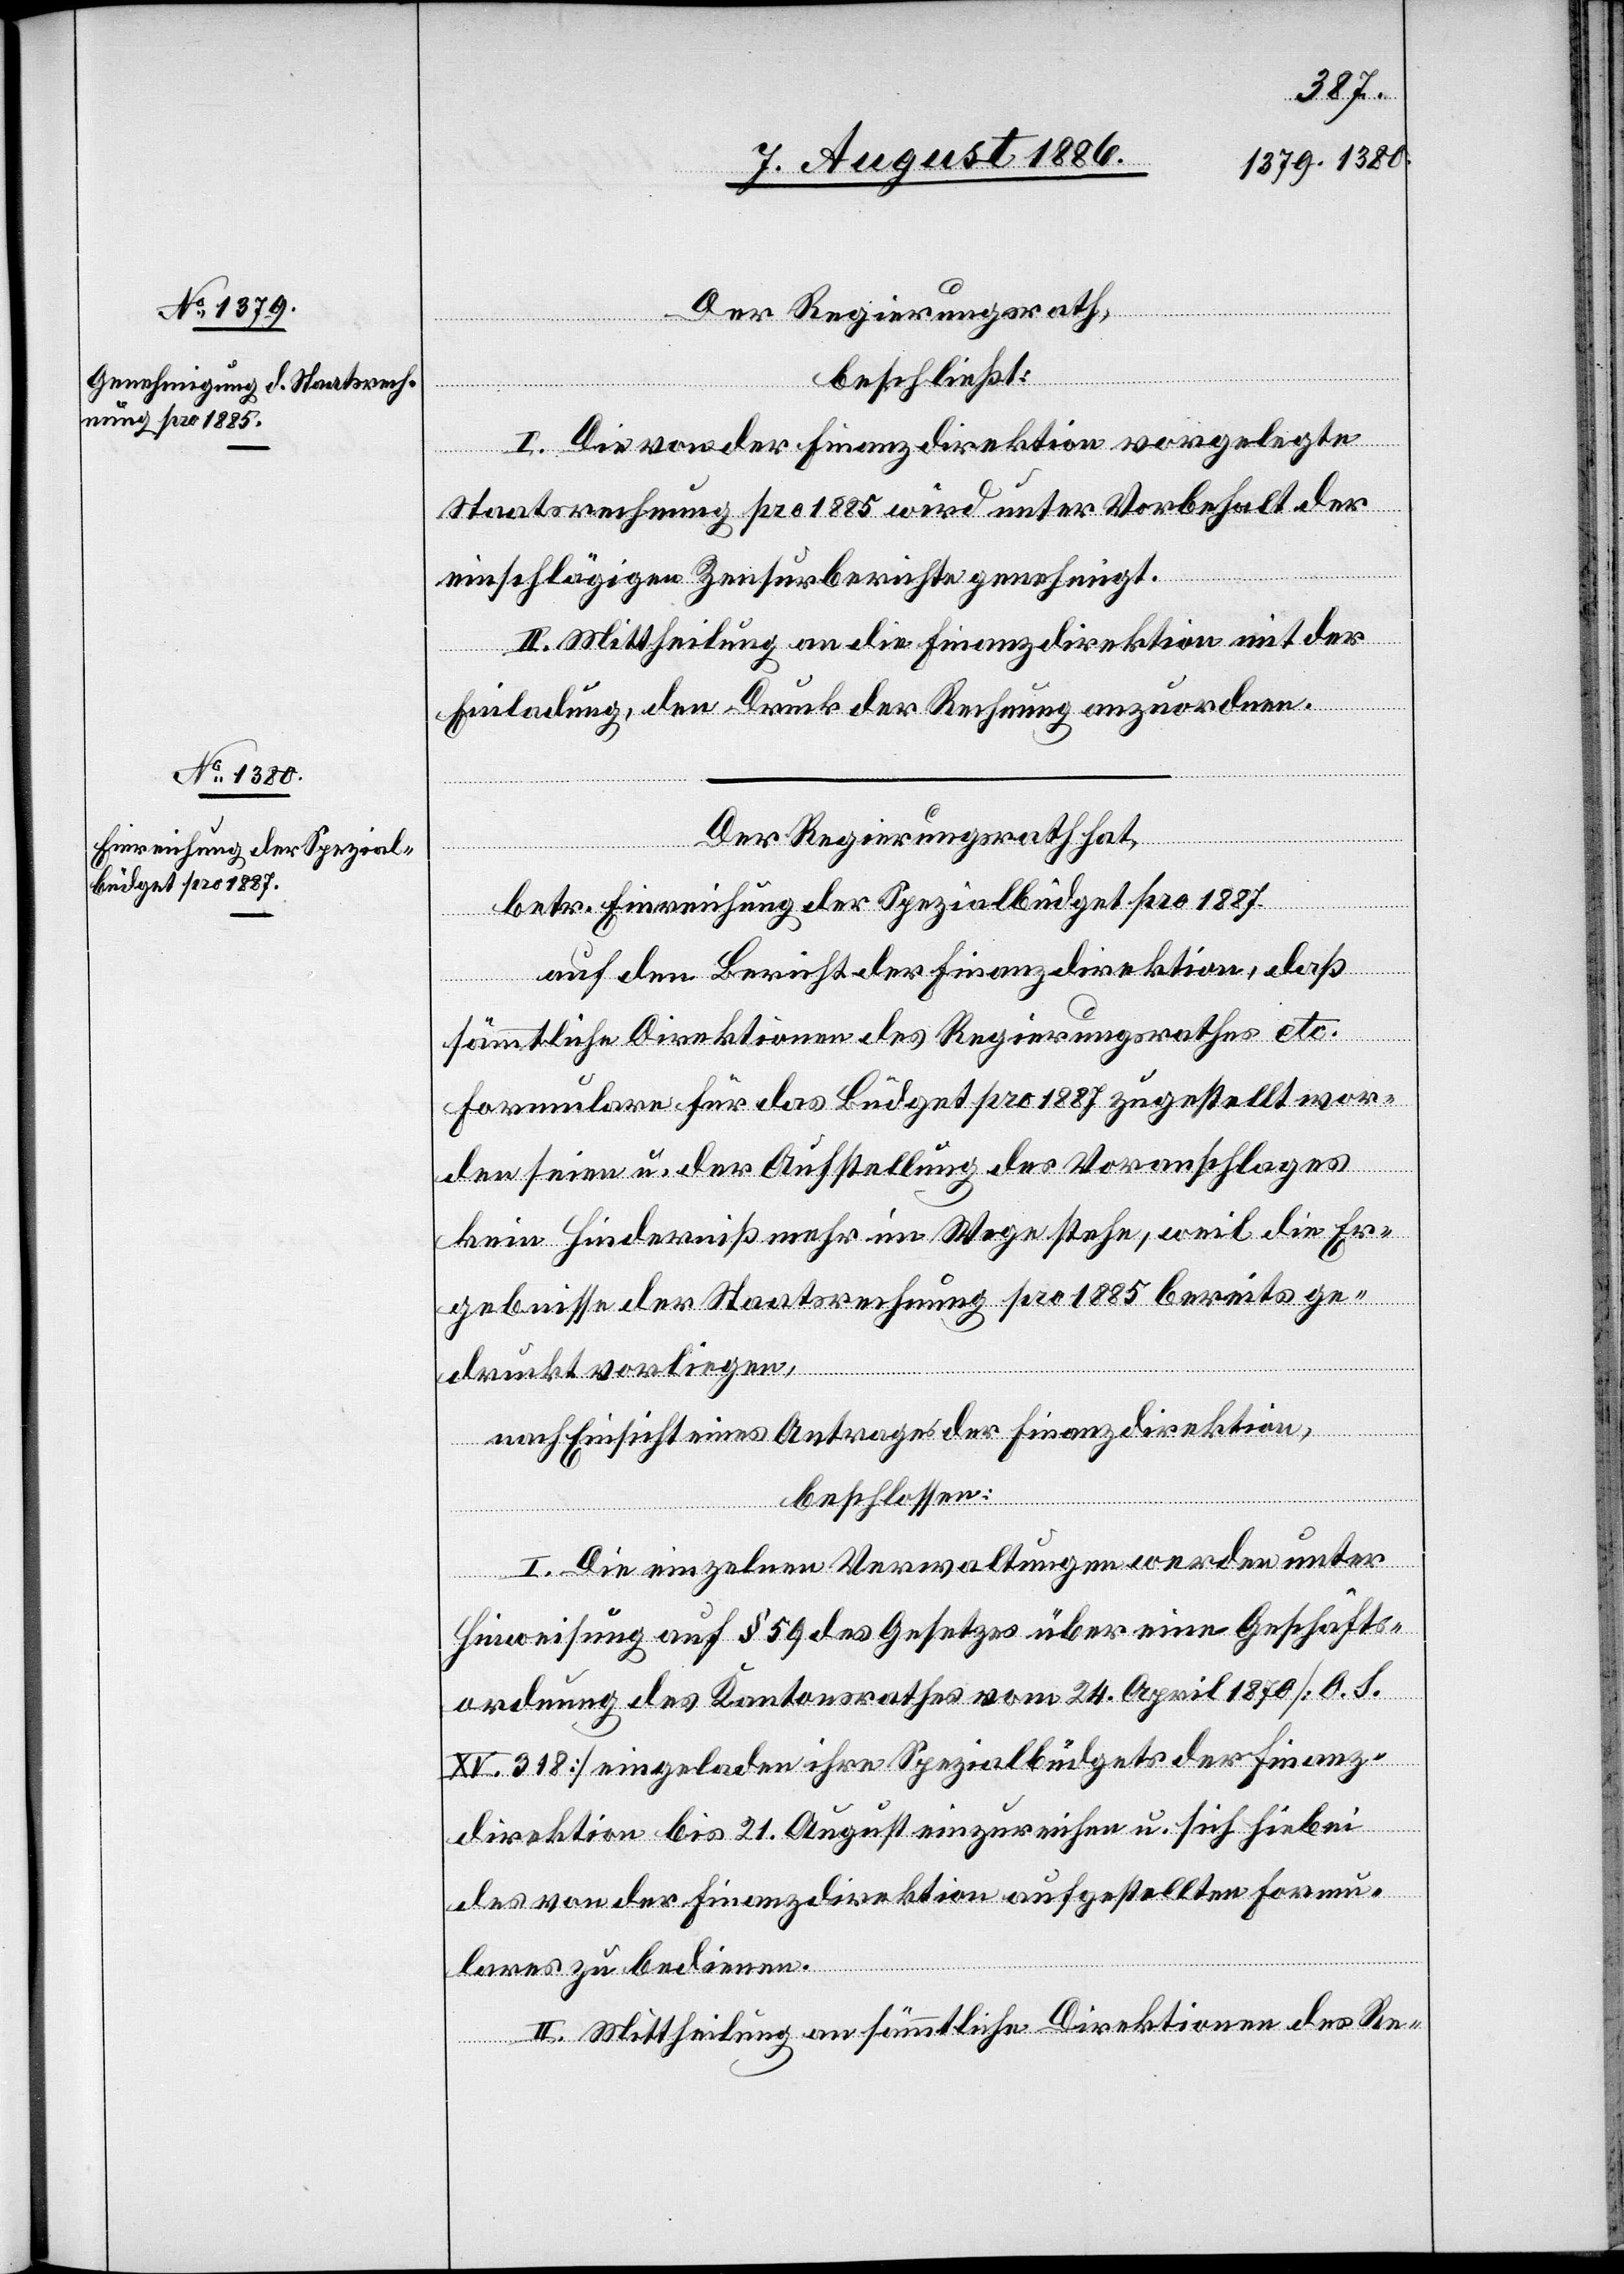
Der Regierungsrath,
beschließt:
I. Die von der Finanzdirektion vorgelegte
Staatsrechnung pro 1885 wird unter Vorbehalt der
einschlägigen Zensurberichte genehmigt.
II. Mittheilung an die Finanzdirektion mit der
Einladung, den Druck der Rechnung anzuordnen.
Der Regierungsrath hat,
betr. Einreichung der Spezialbüdget pro 1887,
auf den Bericht der Finanzdirektion, daß
sämmtliche[n] Direktionen des Regierungsrathes etc.
Formulare für das Büdget pro 1887 zugestellt wor¬
den seien u. der Aufstellung des Voranschlages
kein Hinderniß mehr im Wege stehe, weil die Er¬
gebnisse der Staatsrechnung pro 1885 bereits ge¬
druckt vorliegen,
nach Einsicht eines Antrages der Finanzdirektion,
beschlossen:
I. Die einzelnen Verwaltungen werden unter
Hinweisung auf § 59 des Gesetzes über eine Geschäfts¬
ordnung des Kantonsrathes vom 24. April 1870 [O. S.
XV. 318] eingeladen ihre Spezialbüdgets der Finanz¬
direktion bis 21. August einzureichen u. sich hiebei
des von der Finanzdirektion aufgestellten Formu¬
lares zu bedienen.
II. Mittheilung an sämmtliche Direktionen des Re-